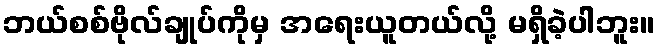
ဘယ်စစ်ဗိုလ်ချုပ်ကိုမှ အရေးယူတယ်လို့ မရှိခဲ့ပါဘူး။